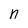
Character: n